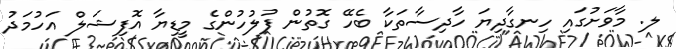
ލ. މާވަށުގައި ހިނގާދިޔަ ހާދިސާތަކާ ބެހޭ ގޮތުން ފުލުހުންގެ މީޑިޔާ އޮފިޝަލް އަހުމަދު